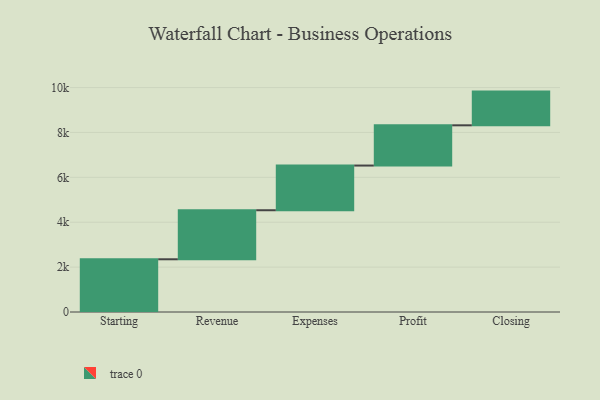
{"axis": {"x": "Step", "y": "Value"}, "legend": [""], "data": [{"x": "Starting", "y": 2349.0, "type": ""}, {"x": "Revenue", "y": 2185.0, "type": ""}, {"x": "Expenses", "y": 1991.0, "type": ""}, {"x": "Profit", "y": 1793.0, "type": ""}, {"x": "Closing", "y": 1502.0, "type": ""}]}